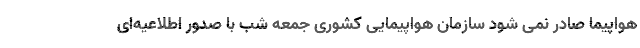
هواپیما صادر نمی شود سازمان هواپیمایی کشوری جمعه شب با صدور اطلاعیه‌ای